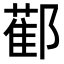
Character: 𨞂